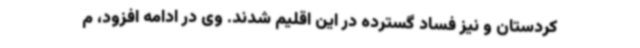
کردستان و نیز فساد گسترده در این اقلیم شدند. وی در ادامه افزود، م